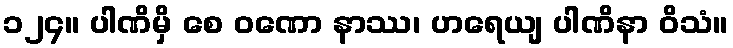
၁၂၄။ ပါဏိမှိ စေ ဝဏော နာဿ၊ ဟရေယျ ပါဏိနာ ဝိသံ။